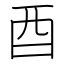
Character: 酉